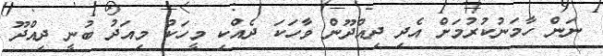
ނަން ހާމަނުކުރުމަށް އެދި ދިއްދޫން ވާހަކަ ދެއްކި މީހަކު މިއަދު ބުނީ ދިއްދޫ